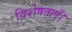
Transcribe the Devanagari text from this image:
विशेषताएँ।